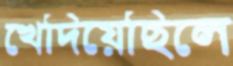
খেদিয়েছিলে